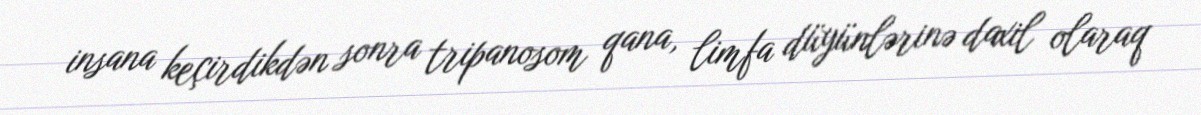
insana keçirdikdən sonra tripanosom qana, limfa düyünlərinə daxil olaraq